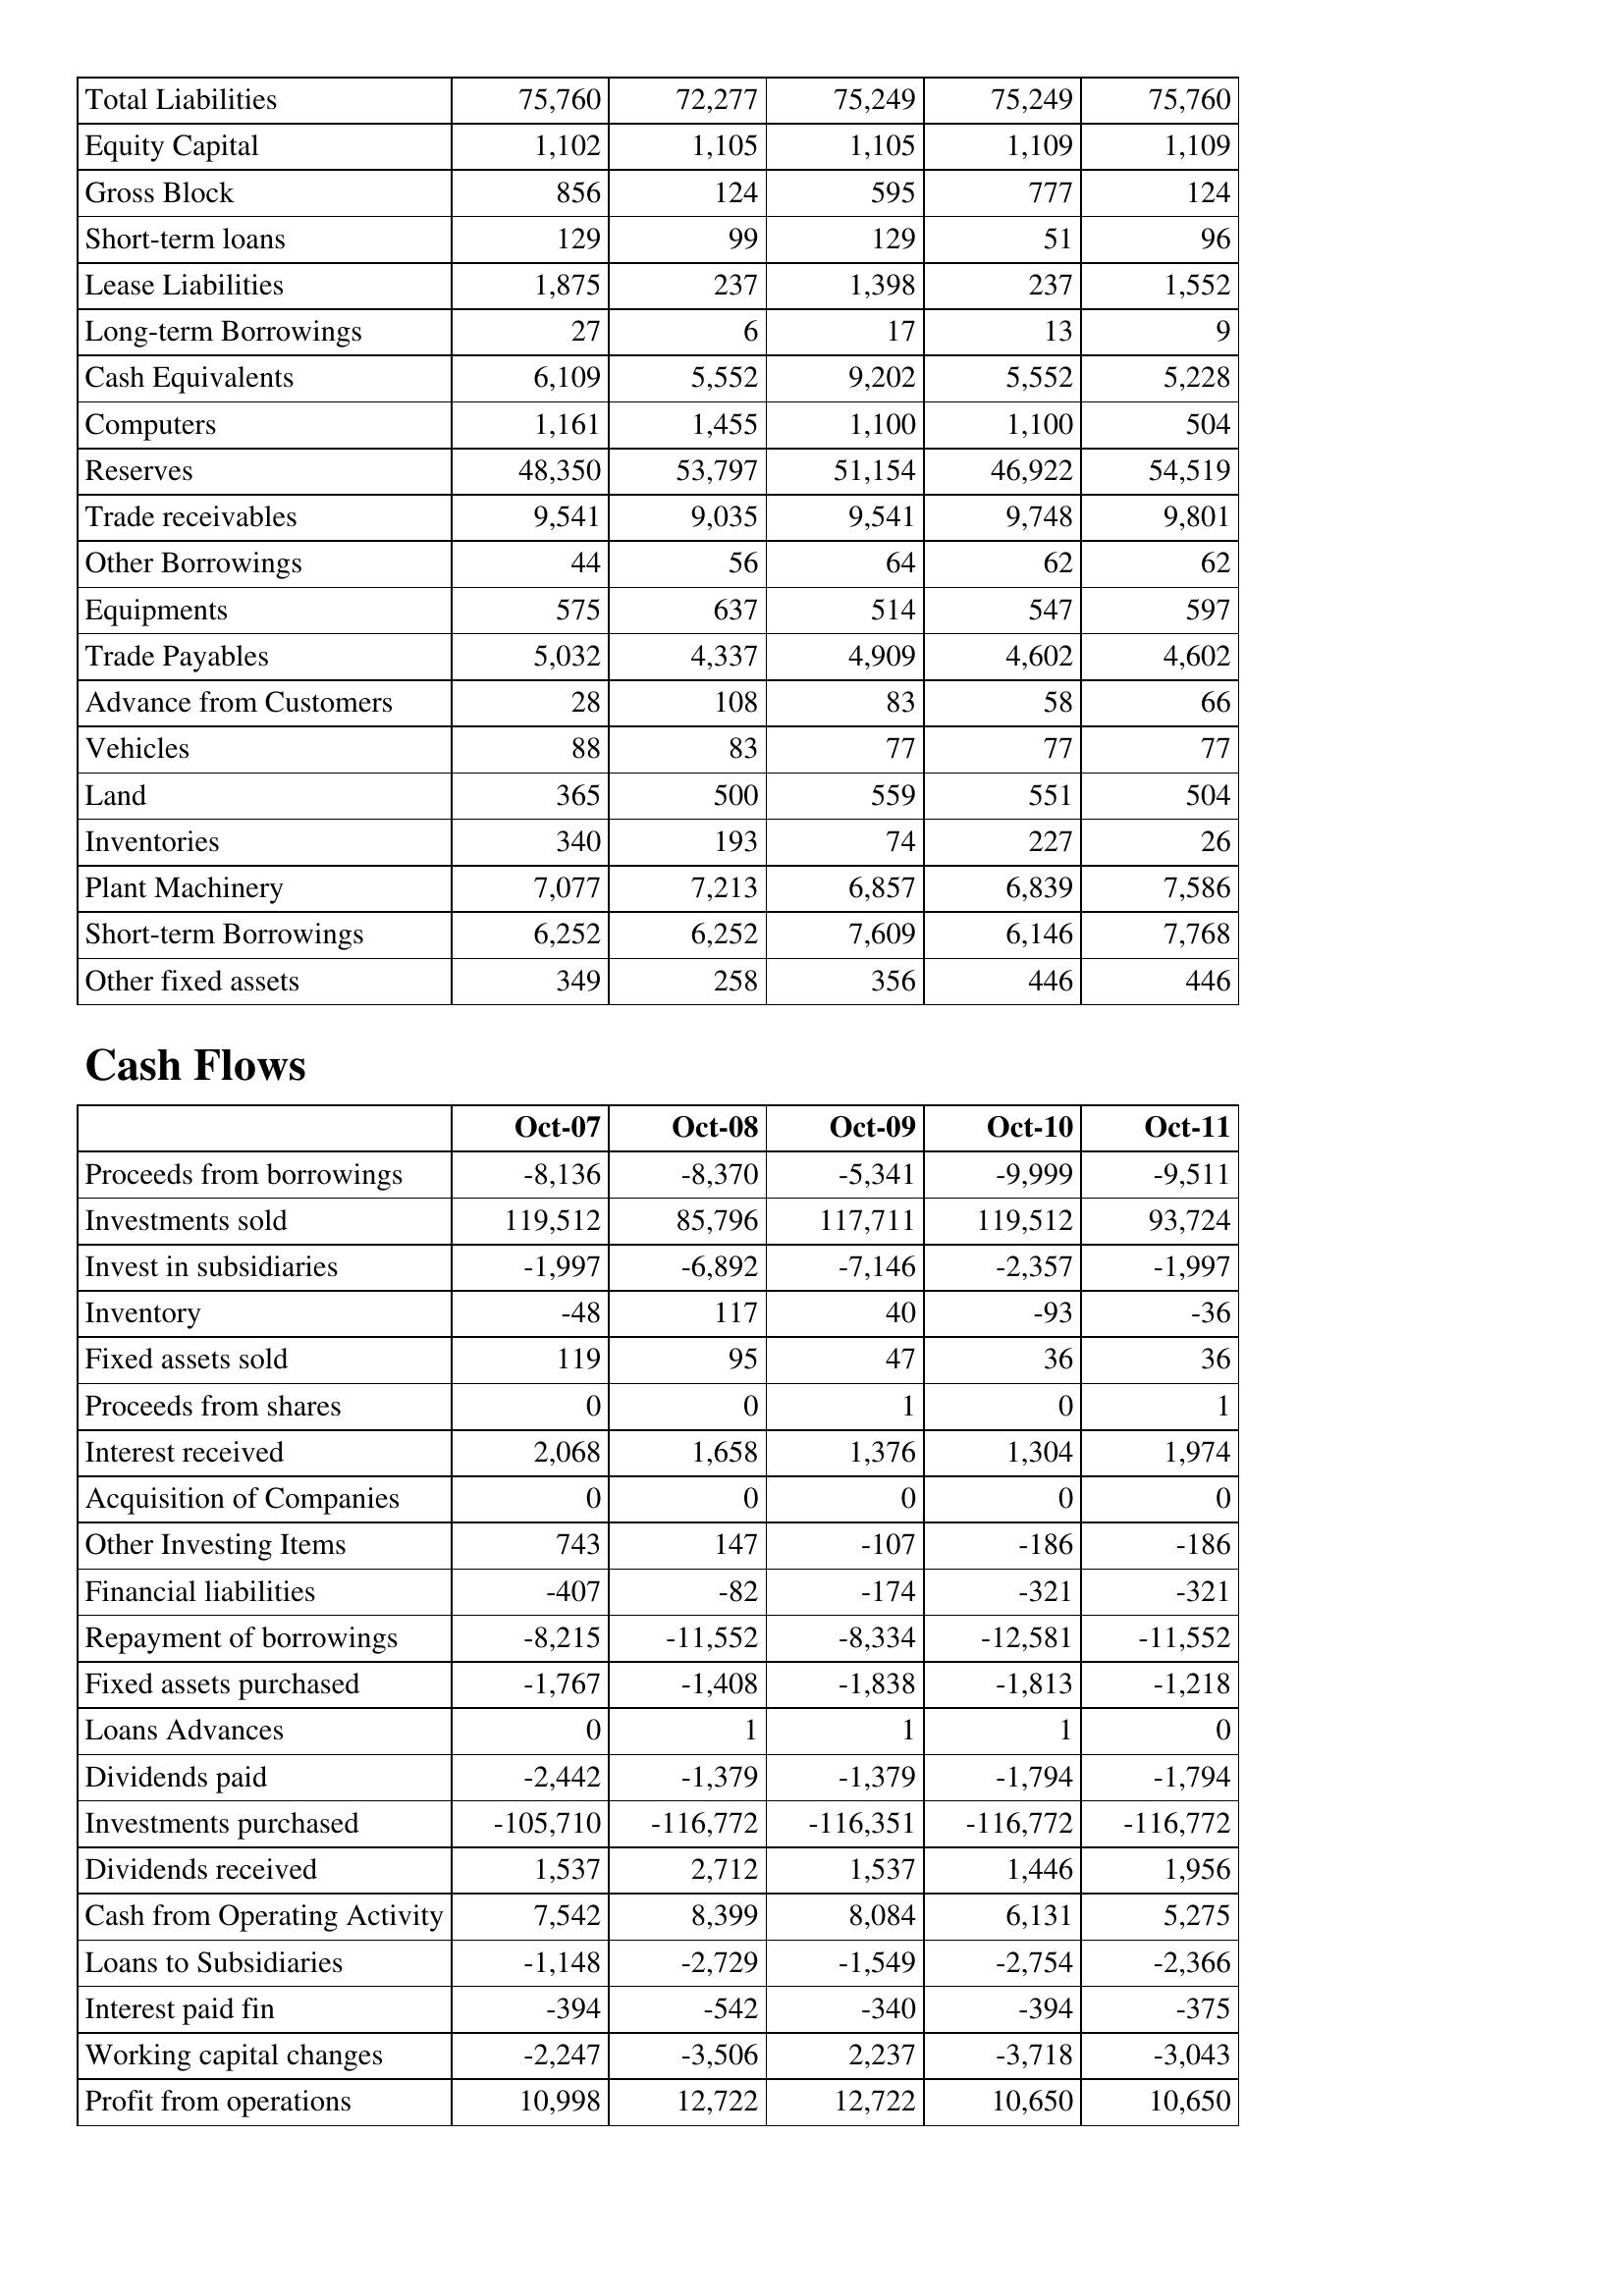
Oct-07: Balance Sheet: Total Liabilities: 75,760
Equity Capital: 1,102
Gross Block: 856
Short-term loans: 129
Lease Liabilities: 1,875
Long-term Borrowings: 27
Cash Equivalents: 6,109
Computers: 1,161
Reserves: 48,350
Trade receivables: 9,541
Other Borrowings: 44
Equipments: 575
Trade Payables: 5,032
Advance from Customers: 28
Vehicles: 88
Land: 365
Inventories: 340
Plant Machinery: 7,077
Short-term Borrowings: 6,252
Other fixed assets: 349
Cash Flows: Proceeds from borrowings: -8,136
Investments sold: 119,512
Invest in subsidiaries: -1,997
Inventory: -48
Fixed assets sold: 119
Proceeds from shares: 0
Interest received: 2,068
Acquisition of Companies: 0
Other Investing Items: 743
Financial liabilities: -407
Repayment of borrowings: -8,215
Fixed assets purchased: -1,767
Loans Advances: 0
Dividends paid: -2,442
Investments purchased: -105,710
Dividends received: 1,537
Cash from Operating Activity: 7,542
Loans to Subsidiaries: -1,148
Interest paid fin: -394
Working capital changes: -2,247
Profit from operations: 10,998
Oct-08: Balance Sheet: Total Liabilities: 72,277
Equity Capital: 1,105
Gross Block: 124
Short-term loans: 99
Lease Liabilities: 237
Long-term Borrowings: 6
Cash Equivalents: 5,552
Computers: 1,455
Reserves: 53,797
Trade receivables: 9,035
Other Borrowings: 56
Equipments: 637
Trade Payables: 4,337
Advance from Customers: 108
Vehicles: 83
Land: 500
Inventories: 193
Plant Machinery: 7,213
Short-term Borrowings: 6,252
Other fixed assets: 258
Cash Flows: Proceeds from borrowings: -8,370
Investments sold: 85,796
Invest in subsidiaries: -6,892
Inventory: 117
Fixed assets sold: 95
Proceeds from shares: 0
Interest received: 1,658
Acquisition of Companies: 0
Other Investing Items: 147
Financial liabilities: -82
Repayment of borrowings: -11,552
Fixed assets purchased: -1,408
Loans Advances: 1
Dividends paid: -1,379
Investments purchased: -116,772
Dividends received: 2,712
Cash from Operating Activity: 8,399
Loans to Subsidiaries: -2,729
Interest paid fin: -542
Working capital changes: -3,506
Profit from operations: 12,722
Oct-09: Balance Sheet: Total Liabilities: 75,249
Equity Capital: 1,105
Gross Block: 595
Short-term loans: 129
Lease Liabilities: 1,398
Long-term Borrowings: 17
Cash Equivalents: 9,202
Computers: 1,100
Reserves: 51,154
Trade receivables: 9,541
Other Borrowings: 64
Equipments: 514
Trade Payables: 4,909
Advance from Customers: 83
Vehicles: 77
Land: 559
Inventories: 74
Plant Machinery: 6,857
Short-term Borrowings: 7,609
Other fixed assets: 356
Cash Flows: Proceeds from borrowings: -5,341
Investments sold: 117,711
Invest in subsidiaries: -7,146
Inventory: 40
Fixed assets sold: 47
Proceeds from shares: 1
Interest received: 1,376
Acquisition of Companies: 0
Other Investing Items: -107
Financial liabilities: -174
Repayment of borrowings: -8,334
Fixed assets purchased: -1,838
Loans Advances: 1
Dividends paid: -1,379
Investments purchased: -116,351
Dividends received: 1,537
Cash from Operating Activity: 8,084
Loans to Subsidiaries: -1,549
Interest paid fin: -340
Working capital changes: 2,237
Profit from operations: 12,722
Oct-10: Balance Sheet: Total Liabilities: 75,249
Equity Capital: 1,109
Gross Block: 777
Short-term loans: 51
Lease Liabilities: 237
Long-term Borrowings: 13
Cash Equivalents: 5,552
Computers: 1,100
Reserves: 46,922
Trade receivables: 9,748
Other Borrowings: 62
Equipments: 547
Trade Payables: 4,602
Advance from Customers: 58
Vehicles: 77
Land: 551
Inventories: 227
Plant Machinery: 6,839
Short-term Borrowings: 6,146
Other fixed assets: 446
Cash Flows: Proceeds from borrowings: -9,999
Investments sold: 119,512
Invest in subsidiaries: -2,357
Inventory: -93
Fixed assets sold: 36
Proceeds from shares: 0
Interest received: 1,304
Acquisition of Companies: 0
Other Investing Items: -186
Financial liabilities: -321
Repayment of borrowings: -12,581
Fixed assets purchased: -1,813
Loans Advances: 1
Dividends paid: -1,794
Investments purchased: -116,772
Dividends received: 1,446
Cash from Operating Activity: 6,131
Loans to Subsidiaries: -2,754
Interest paid fin: -394
Working capital changes: -3,718
Profit from operations: 10,650
Oct-11: Balance Sheet: Total Liabilities: 75,760
Equity Capital: 1,109
Gross Block: 124
Short-term loans: 96
Lease Liabilities: 1,552
Long-term Borrowings: 9
Cash Equivalents: 5,228
Computers: 504
Reserves: 54,519
Trade receivables: 9,801
Other Borrowings: 62
Equipments: 597
Trade Payables: 4,602
Advance from Customers: 66
Vehicles: 77
Land: 504
Inventories: 26
Plant Machinery: 7,586
Short-term Borrowings: 7,768
Other fixed assets: 446
Cash Flows: Proceeds from borrowings: -9,511
Investments sold: 93,724
Invest in subsidiaries: -1,997
Inventory: -36
Fixed assets sold: 36
Proceeds from shares: 1
Interest received: 1,974
Acquisition of Companies: 0
Other Investing Items: -186
Financial liabilities: -321
Repayment of borrowings: -11,552
Fixed assets purchased: -1,218
Loans Advances: 0
Dividends paid: -1,794
Investments purchased: -116,772
Dividends received: 1,956
Cash from Operating Activity: 5,275
Loans to Subsidiaries: -2,366
Interest paid fin: -375
Working capital changes: -3,043
Profit from operations: 10,650